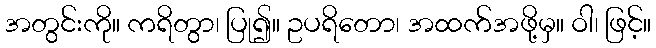
အတွင်းကို။ ကရိတွာ၊ ပြု၍။ ဥပရိတော၊ အထက်အဖို့မှ။ ဝါ၊ ဖြင့်။